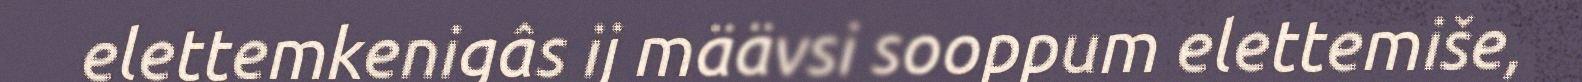
elettemkenigâs ij määvsi sooppum elettemiše,